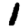
Digit: 1